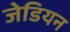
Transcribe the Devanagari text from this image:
जेडियन